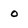
Character: 0